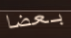
بعضا